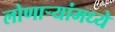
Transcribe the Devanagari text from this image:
लोणार्‍यांमध्ये